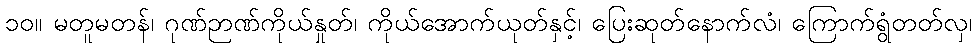
၁၀။ မတူမတန်၊ ဂုဏ်ဉာဏ်ကိုယ်နှုတ်၊ ကိုယ်အောက်ယုတ်နှင့်၊ ပြေးဆုတ်နောက်လံ၊ ကြောက်ရွံတတ်လှ၊